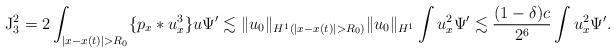
LaTeX: \begin{align*}\mathrm{J}_3^2=2\int_{\vert x-x(t)\vert>R_0}\{p_x*u_x^3\}u\Psi'\lesssim \Vert u_0\Vert_{H^1(\vert x-x(t)\vert>R_0)}\Vert u_0\Vert_{H^1}\int u_x^2\Psi'\lesssim \dfrac{(1-\delta)c}{2^6}\int u_x^2\Psi'.\end{align*}